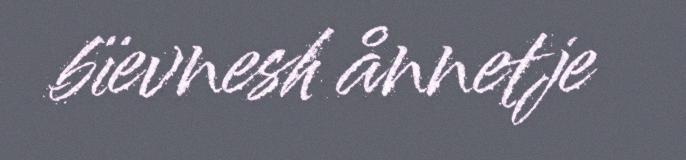
bïevnesh ånnetje